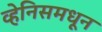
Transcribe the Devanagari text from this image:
व्हेनिसमधून